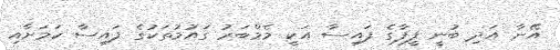
އޭނާ އަދި ބުނީ ފީފާގެ ފައިސާ އަކީ މެމްބަރު ގައުމުތަކުގެ ފައިސާ ކަމަށާއި